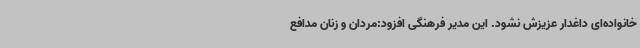
خانواده‌ای داغدار عزیزش نشود. این مدیر فرهنگی افزود:مردان و زنان مدافع